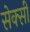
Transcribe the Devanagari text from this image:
सेक्‍सी